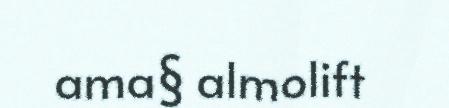
ama§ almolift